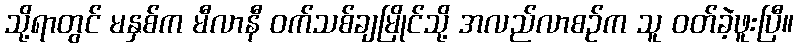
သို့ရာတွင် မနှစ်က မီလာနီ ဝက်သစ်ချမြိုင်သို့ အလည်လာစဉ်က သူ ဝတ်ခဲ့ဖူးပြီ။